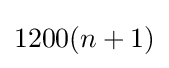
1200(n+1)